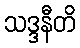
သဒ္ဒနီတိ